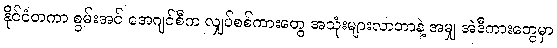
နိုင်ငံတကာ စွမ်းအင် အေဂျင်စီက လျှပ်စစ်ကားတွေ အသုံးများလာတာနဲ့ အမျှ အဲဒီကားတွေမှာ